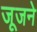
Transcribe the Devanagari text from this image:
जूजने